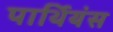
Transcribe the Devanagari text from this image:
पार्थियंस